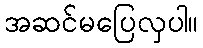
အဆင်မပြေလှပါ။